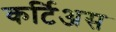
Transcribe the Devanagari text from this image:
कर्टिअस